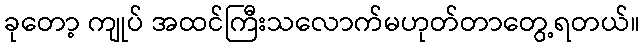
ခုတော့ ကျုပ် အထင်ကြီးသလောက်မဟုတ်တာတွေ့ရတယ်။